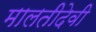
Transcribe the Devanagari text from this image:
मालतीदेवी